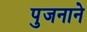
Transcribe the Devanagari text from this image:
पुजनाने